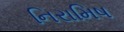
નિરામિષ